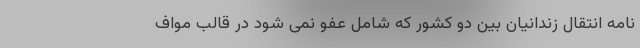
نامه انتقال زندانیان بین دو کشور که شامل عفو نمی شود در قالب مواف